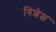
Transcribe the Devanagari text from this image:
विशेक्ष